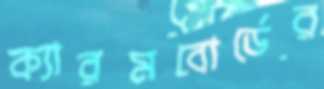
ক্যারমবোর্ডের